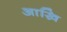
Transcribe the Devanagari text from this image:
आख्रि